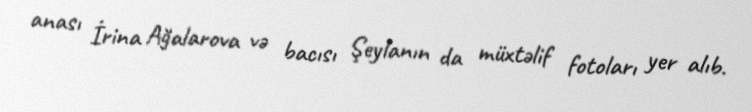
anası İrina Ağalarova və bacısı Şeylanın da müxtəlif fotoları yer alıb.